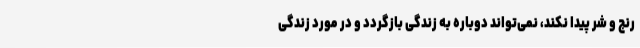
رنج و شر پیدا نکند، نمی‌تواند دوباره به زندگی بازگردد و در مورد زندگی